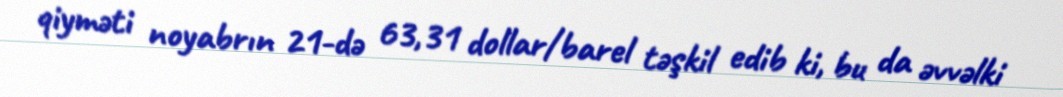
qiyməti noyabrın 21-də 63,31 dollar/barel təşkil edib ki, bu da əvvəlki